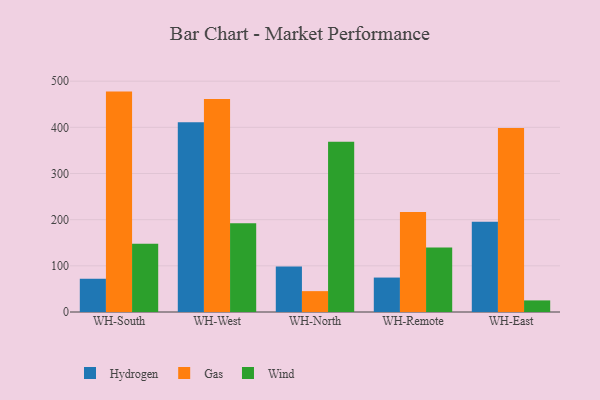
{"axis": {"x": "Warehouse", "y": "Conversion Rate (%)"}, "legend": ["Gas", "Hydrogen", "Wind"], "data": [{"x": "WH-South", "y": 72.0, "type": "Hydrogen"}, {"x": "WH-South", "y": 477.4, "type": "Gas"}, {"x": "WH-South", "y": 148.1, "type": "Wind"}, {"x": "WH-West", "y": 411.1, "type": "Hydrogen"}, {"x": "WH-West", "y": 461.6, "type": "Gas"}, {"x": "WH-West", "y": 192.3, "type": "Wind"}, {"x": "WH-North", "y": 98.7, "type": "Hydrogen"}, {"x": "WH-North", "y": 45.2, "type": "Gas"}, {"x": "WH-North", "y": 368.6, "type": "Wind"}, {"x": "WH-Remote", "y": 74.6, "type": "Hydrogen"}, {"x": "WH-Remote", "y": 216.4, "type": "Gas"}, {"x": "WH-Remote", "y": 139.8, "type": "Wind"}, {"x": "WH-East", "y": 195.5, "type": "Hydrogen"}, {"x": "WH-East", "y": 398.6, "type": "Gas"}, {"x": "WH-East", "y": 25.1, "type": "Wind"}]}